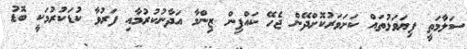
ސަލާމަތީ ފިޔަވަޅުތައް ކަށަވަރުކޮށްދޭން ޖެހޭ ކައްޕިން ޒިންމާ އަދާނުކުރުމާއި ފަރުވާ ކުޑަކުރުމަކީ ބޮޑު